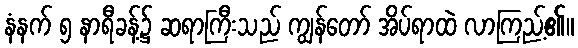
နံနက် ၅ နာရီခန့်၌ ဆရာကြီးသည် ကျွန်တော် အိပ်ရာထဲ လာကြည့်၏။